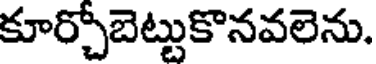
కూర్చోబెట్టుకొనవలెను.